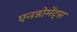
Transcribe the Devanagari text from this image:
एनडोमेंट्स